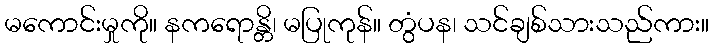
မကောင်းမှုကို။ နကရောန္တိ၊ မပြုကုန်။ တွံပန၊ သင်ချစ်သားသည်ကား။